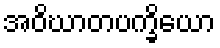
အဝိဃာတပက္ခိယော